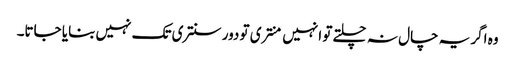
وہ اگر یہ چال نہ چلتے تو انہیں منتری تو دور سنتری تک نہیں بنایا جاتا۔